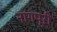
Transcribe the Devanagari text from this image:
नागपूरी